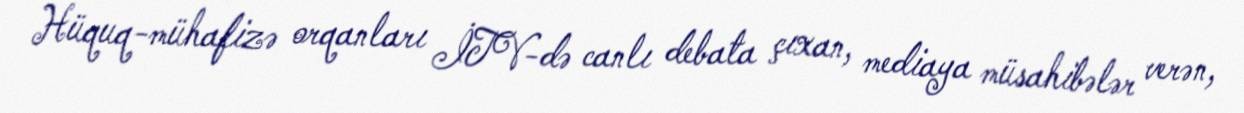
Hüquq-mühafizə orqanları İTV-də canlı debata çıxan, mediaya müsahibələr verən,